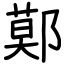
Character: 鄚